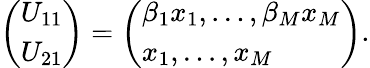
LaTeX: \begin{array}{r}{\left(\begin{array}{l}{U_{11}}\\ {U_{21}}\end{array}\right)=\left(\begin{array}{l}{\beta_{1}x_{1},\ldots,\beta_{M}x_{M}}\\ {x_{1},\ldots,x_{M}}\end{array}\right).}\end{array}